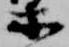
等